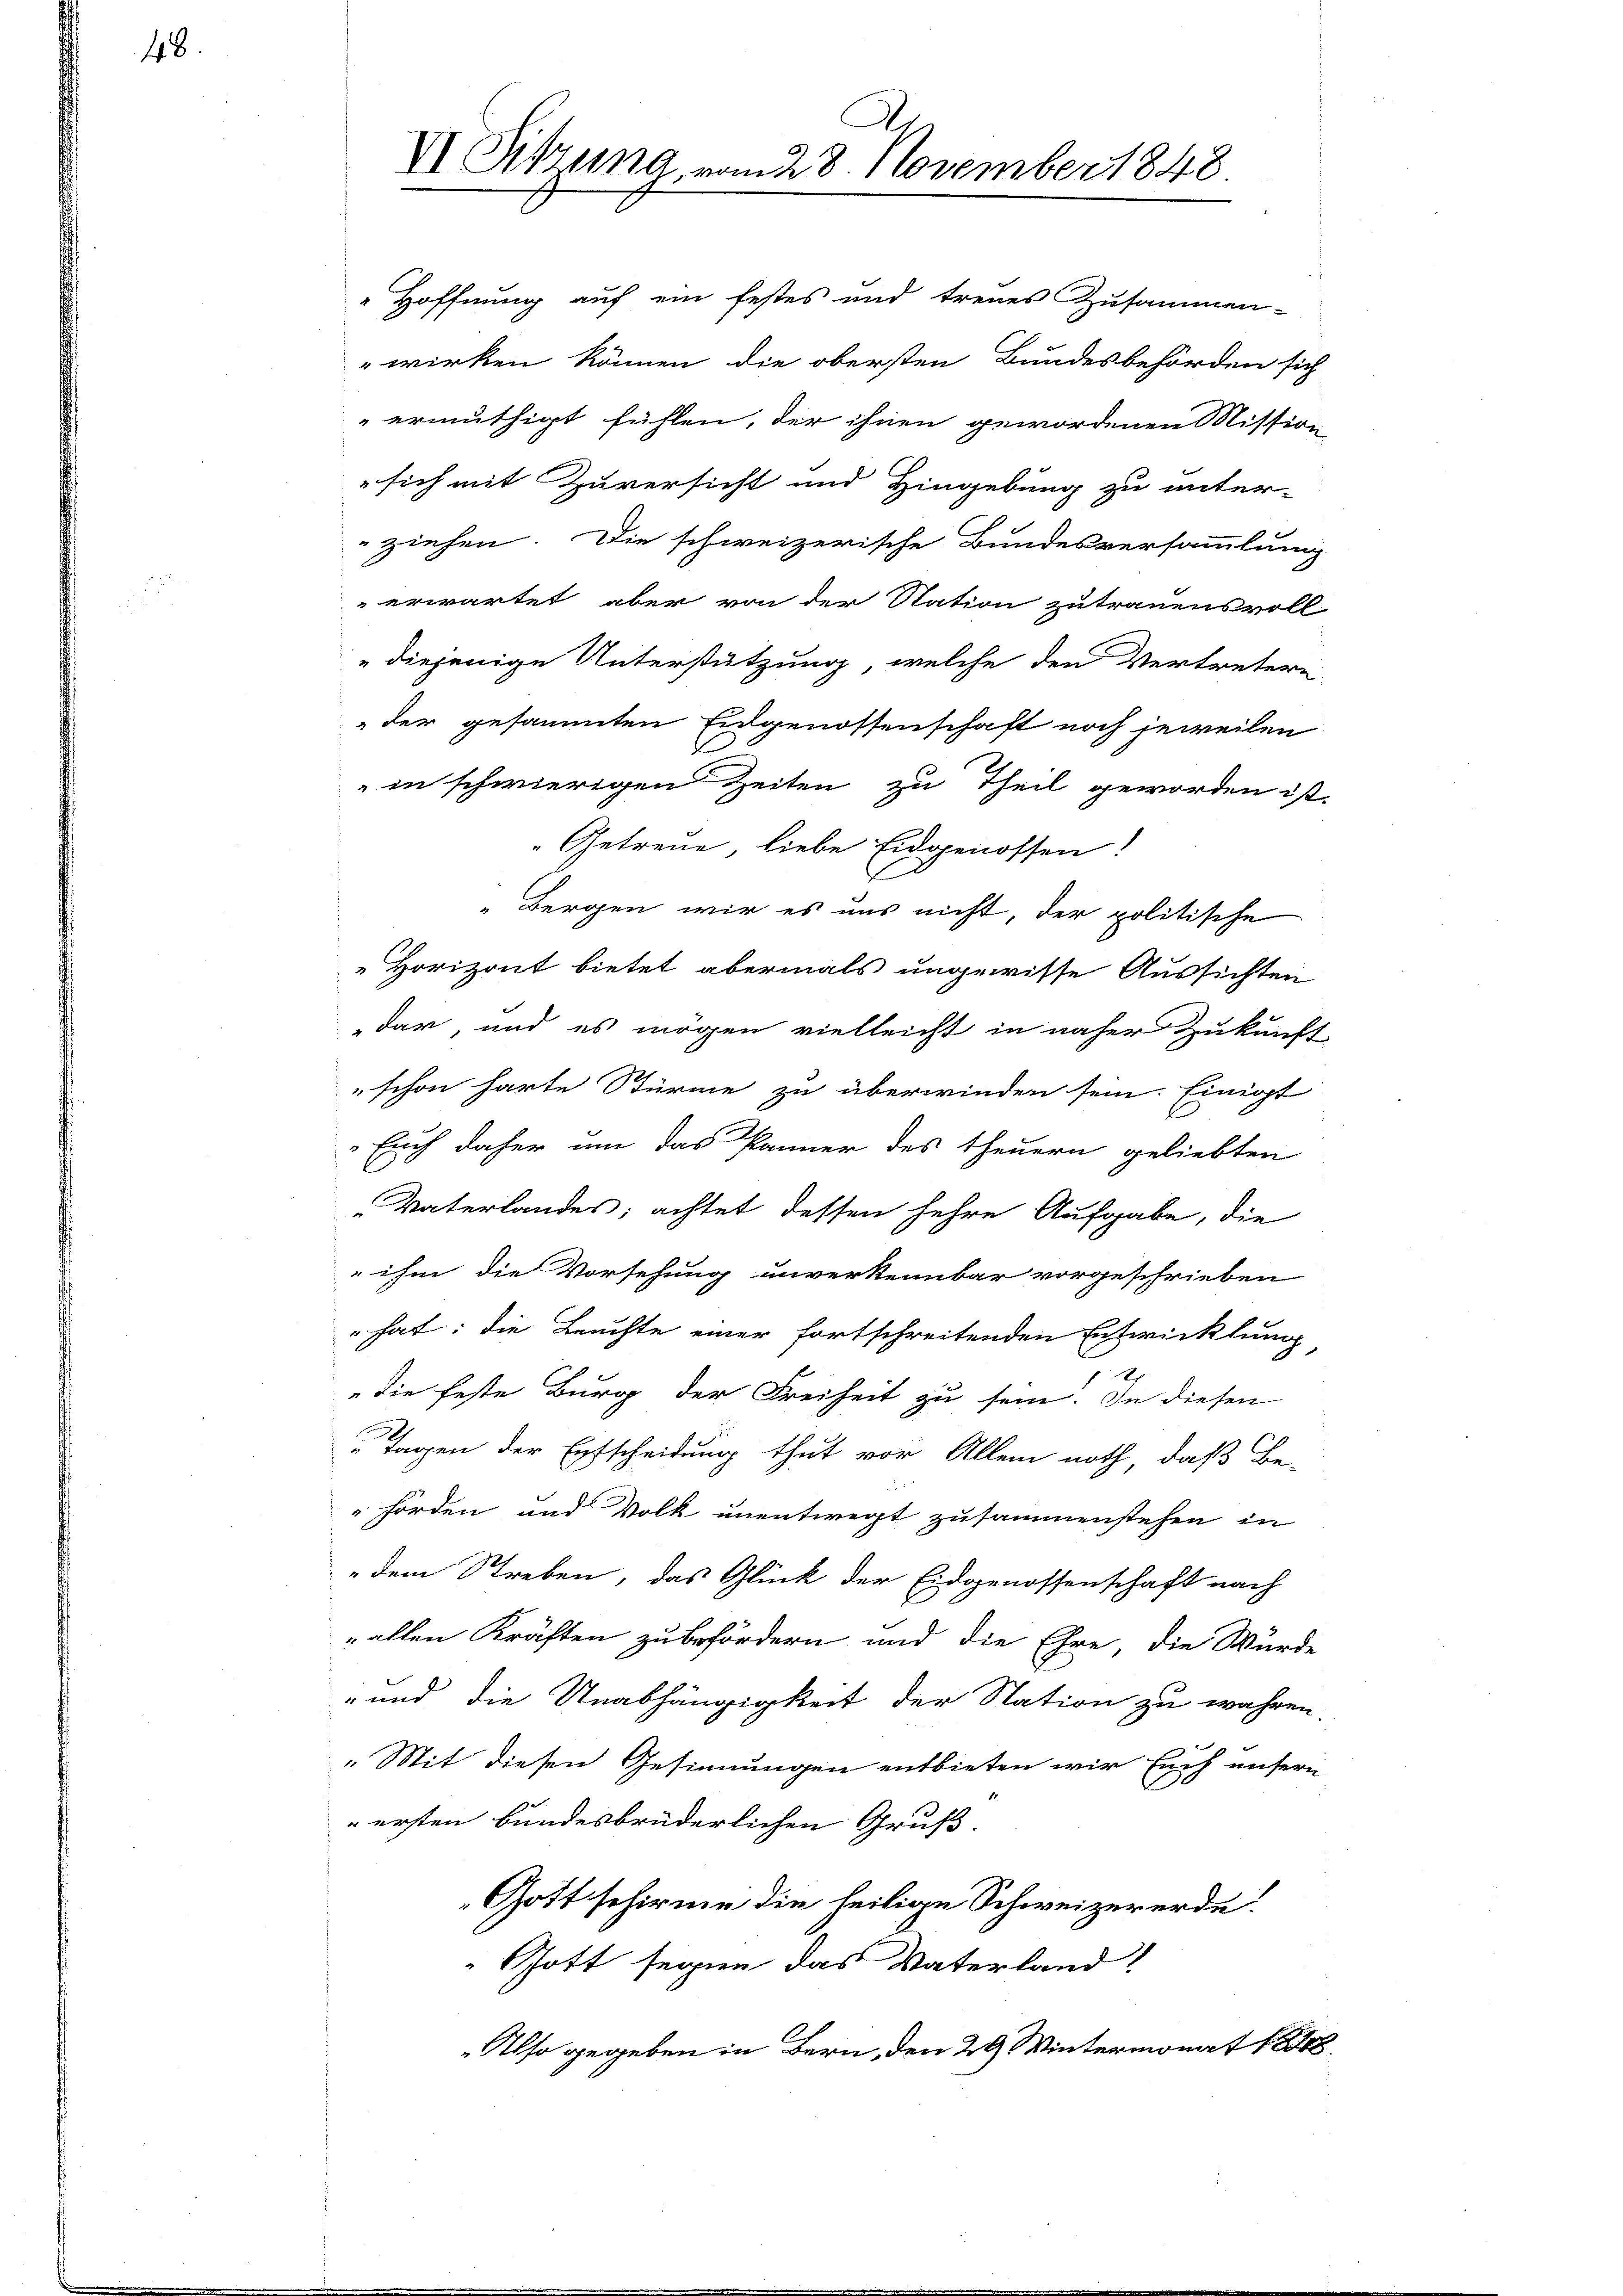
48.

VI Sitzung, vom 28. November 1848.

Hoffnung auf ein festes und treues Zusammen-
wirken können, die obersten Bundesbehörden sich
ermuthigt fühlen, der ihnen gewordenen Mission
" sich mit Zuversicht und Hingebung zu unter-
ziehen. Die schweizerische Bundesversammlung
erwartet, aber von der Station zutrauensvoll
diejenige Unterstützung, welche den Vertretern
„der gesammten Eidgenossenschaft noch jeweilen
in schwierigen Zeiten zu Theil geworden ist.
Getreue, liebe Eidgenossen!
b
Bergen wir es uns nicht, der politische
Horizont bietet, abermals ungewisse Aussichten
dar, und es mögen vielleicht in näher Zukunft-
schon harte Stürme zu überwinden sein. Einigt
Euch daher um das Panner des theuern geliebten
"Vaterlandes; achtet dessen sehre Aufgabe, die
 ihm die Vorsehung unverkennbar vorgeschrieben
hat: die Leuchte einer fortschreitenden Entwicklung
die feste Burg der Freiheit zu sein. In diesen
Tagen der Entscheidung thut vor Allem noth, daß Be-
hörden und Volk unentwegt zusammenstehen in
dem Streben, das Glück der Eidgenossenschaft nach
„allen Kräften zu befördern und die Ehre, die Würde
" und die Unabhängigkeit der Station zu wahren.
„Mit diesen Gesinnungen entbieten wir Euch unsern
ersten bundesbrüderlichen Gruß.
Gott schirme die heilige Schweizererde.
Gott segnen das Vaterland!
Also gegeben in Bern, den 29. Wintermonat 1848.